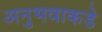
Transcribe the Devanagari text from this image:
अनुभवाकडे